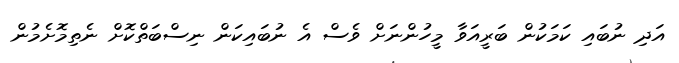
އަދި ނުބައި ކަމަކުން ބަރީއަވާ މީހުންނަށް ވެސް އެ ނުބައިކަން ނިސްބަތްކޮށް ނެތިމޮށެމުން